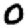
Digit: 0